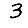
Digit: 3